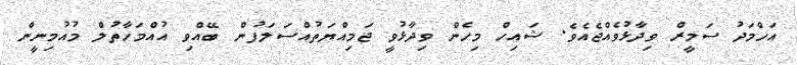
އަހްމަދު ސަމީރް ވިދާޅުވެއްޖެއެވެ. ޝައިހް މިހެން ވިދާޅުވީ ޖަމިއްޔަތުއްސަލަފުން ބޭއްވި އުއްމަހާތުލް މުއުމިނީން